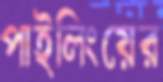
পাইলিংয়ের